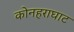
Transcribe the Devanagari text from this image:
कोनहराघाट